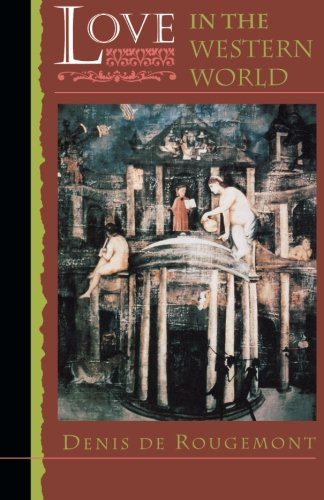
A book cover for Love in the Western World; Denis De Rougemont; Gay & Lesbian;